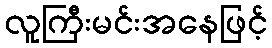
လူကြီးမင်းအနေဖြင့်